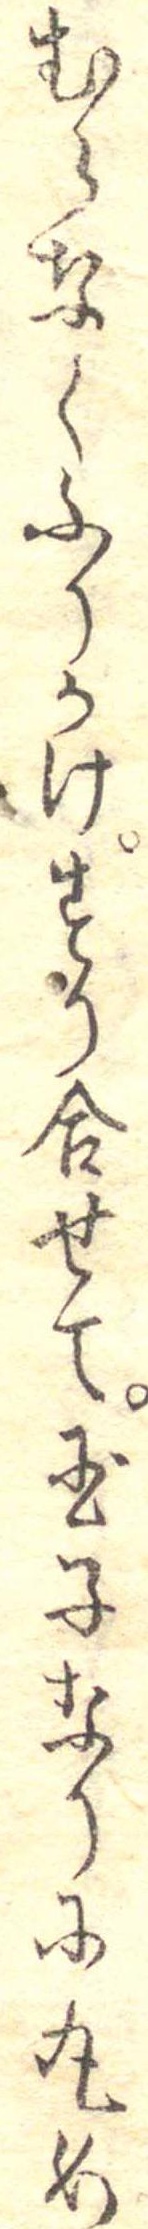
むらなくふりかけすり合せて玉子なりに丸め